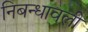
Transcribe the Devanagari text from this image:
निबन्धावली